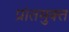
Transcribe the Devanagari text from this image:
प्रांतमुक्त